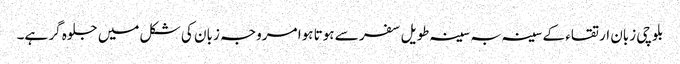
بلوچی زبان ارتقاء کے سینہ بہ سینہ طویل سفر سے ہوتا ہوا مروجہ زبان کی شکل میں جلوہ گر ہے۔